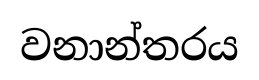
වනාන්තරය